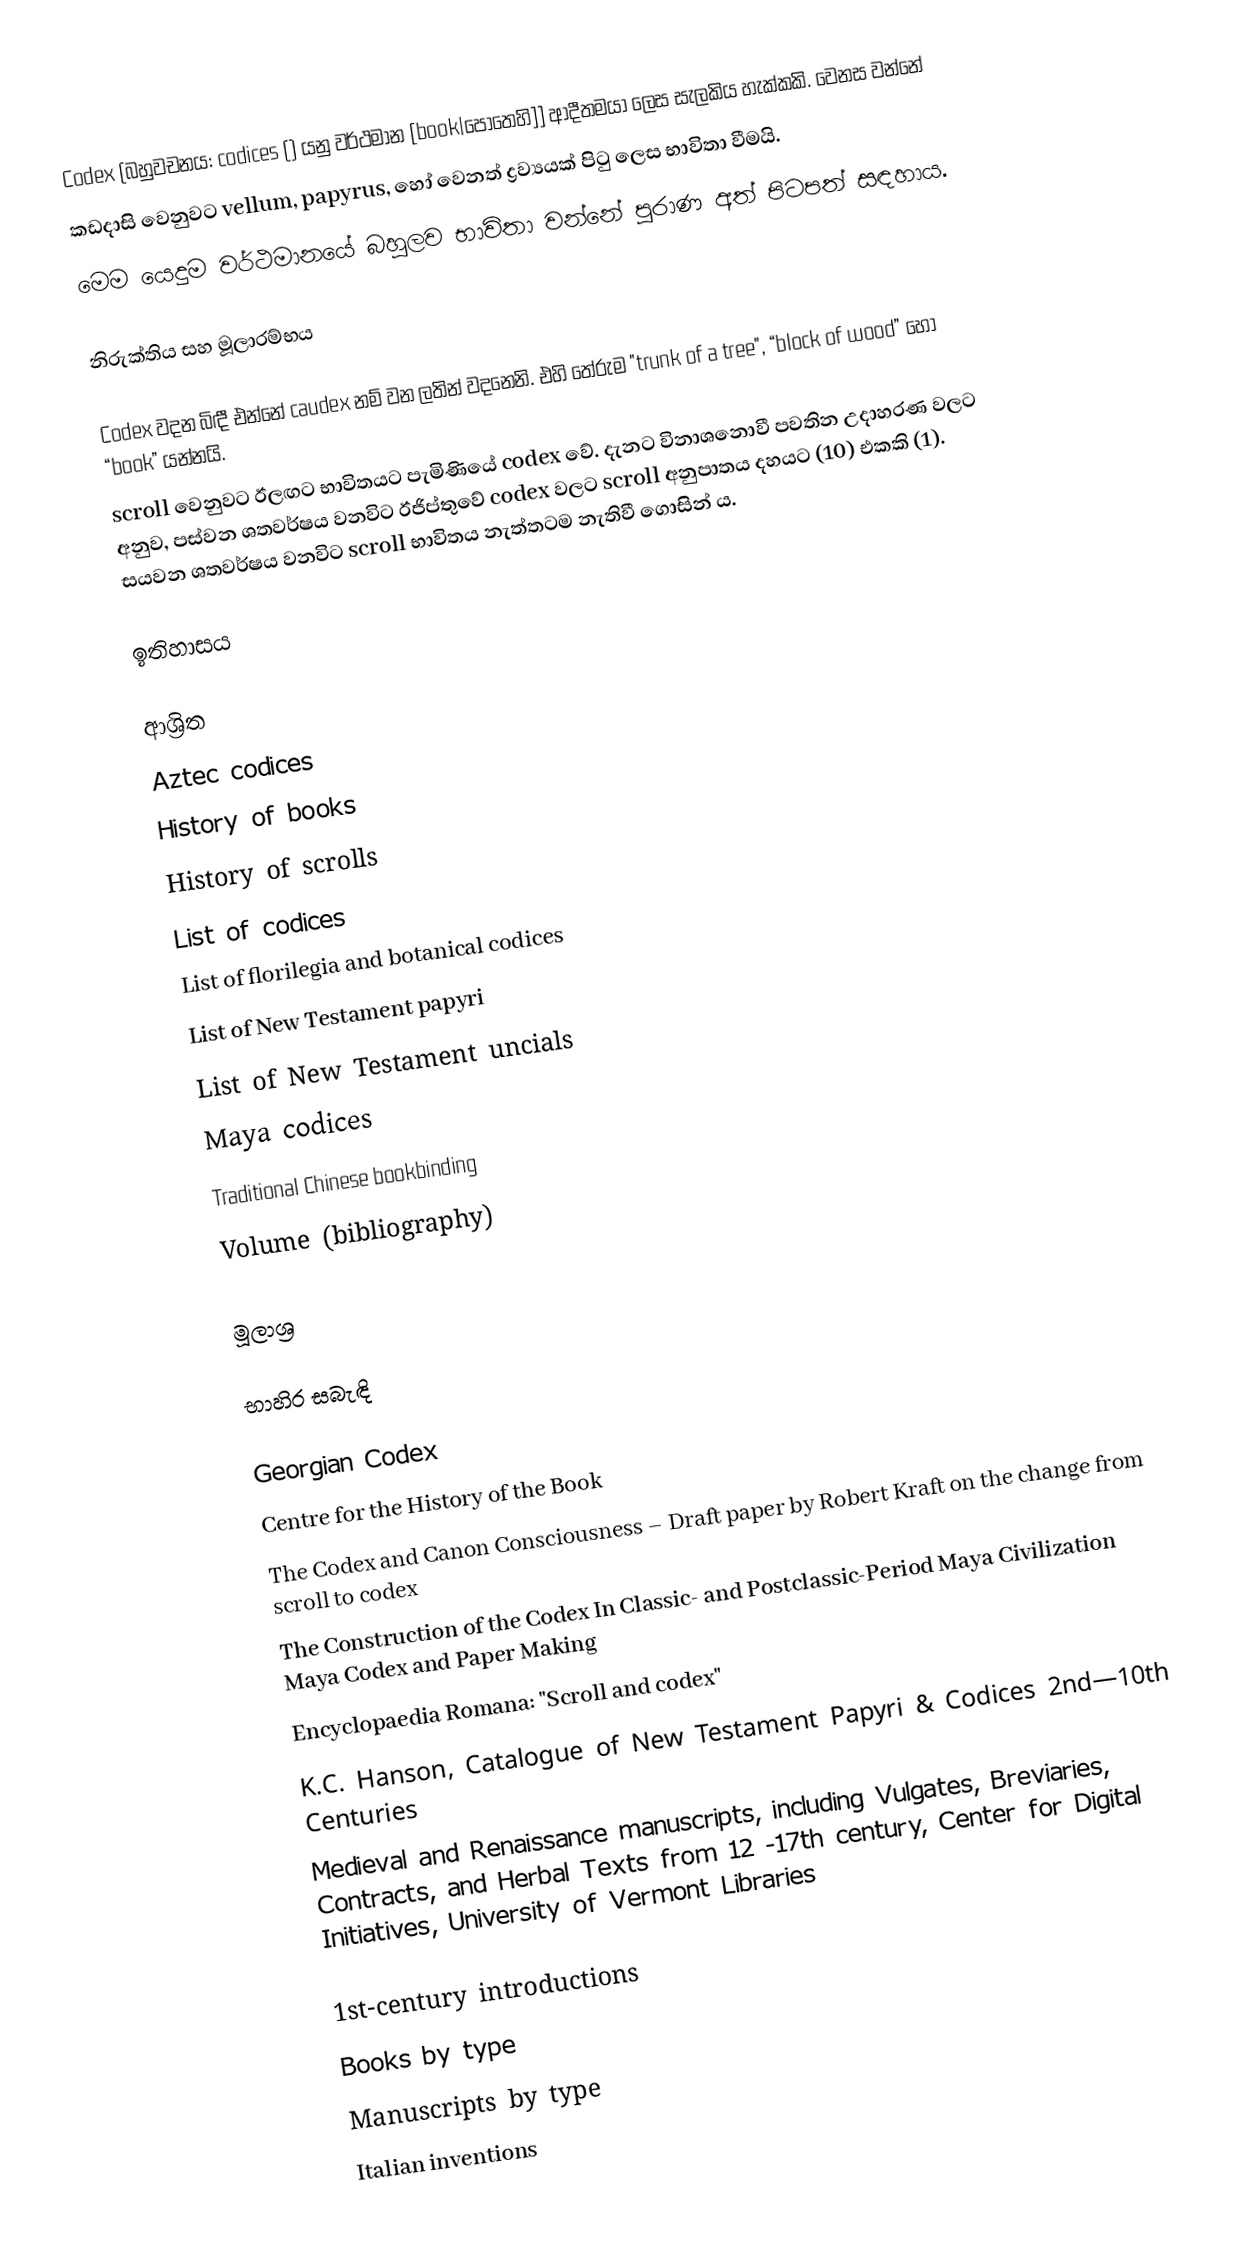
Codex (බහුවචනය: codices () යනු වර්ථමාන [book|පොතෙහි]] ආදීතමයා ලෙස සැලකිය හැක්කකි. වෙනස වන්නේ
කඩදාසි වෙනුවට vellum, papyrus, හෝ වෙනත් ද්‍රව්‍යයක් පිටු ලෙස භාවිතා වීමයි.
මෙම යෙදුම වර්ථමානයේ බහුලව භාවිතා වන්නේ පුරාණ අත් පිටපත් සඳහාය.

නිරුක්තිය සහ මූලාරම්භය

Codex වදන බිඳී එන්නේ caudex නම් වන ලතින් වදනෙනි. එහි තේරුම "trunk of a tree", “block of wood” හෝ “book” යන්නයි.
scroll වෙනුවට ඊලඟට භාවිතයට පැමිණියේ codex වේ. දැනට විනාශනොවී පවතින උදාහරණ වලට අනුව, පස්වන ශතවර්ෂය වනවිට ඊජිප්තුවේ codex වලට scroll අනුපාතය දහයට (10) එකකි (1). සයවන ශතවර්ෂය වනවිට scroll භාවිතය නැත්තටම නැතිවී ගොසින් ය.

ඉතිහාසය

ආශ්‍රිත
Aztec codices
History of books
History of scrolls
List of codices
List of florilegia and botanical codices
List of New Testament papyri
List of New Testament uncials
Maya codices
Traditional Chinese bookbinding
Volume (bibliography)

මූලාශ්‍ර

භාහිර සබැඳි

Georgian Codex
Centre for the History of the Book
The Codex and Canon Consciousness – Draft paper by Robert Kraft on the change from scroll to codex
 The Construction of the Codex In Classic- and Postclassic-Period Maya Civilization Maya Codex and Paper Making
Encyclopaedia Romana: "Scroll and codex"
K.C. Hanson, Catalogue of New Testament Papyri & Codices 2nd—10th Centuries
Medieval and Renaissance manuscripts, including Vulgates, Breviaries, Contracts, and Herbal Texts from 12 -17th century, Center for Digital Initiatives, University of Vermont Libraries

1st-century introductions
Books by type
Manuscripts by type
Italian inventions